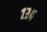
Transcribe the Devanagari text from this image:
१३॥